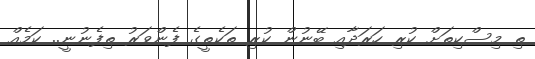
ތި މިސްކިތަށް ކުރި ހަރަދާއި ބޭނުން ކުރި ތަކެތީގެ ފެންވަރު ތިފެނުނީ.. ކަމެއް